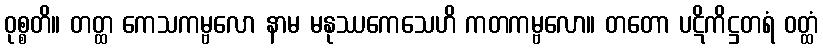
ဝုစ္စတိ။ တတ္ထ ကေသကမ္ဗလော နာမ မနုဿကေသေဟိ ကတကမ္ဗလော။ တတော ပဋိကိဋ္ဌတရံ ဝတ္ထံ